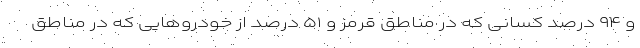
و ۹۴ درصد کسانی که در مناطق قرمز و ۵۱ درصد از خودروهایی که در مناطق